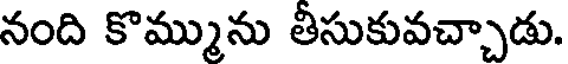
నంది కొమ్మును తీసుకువచ్చాడు.